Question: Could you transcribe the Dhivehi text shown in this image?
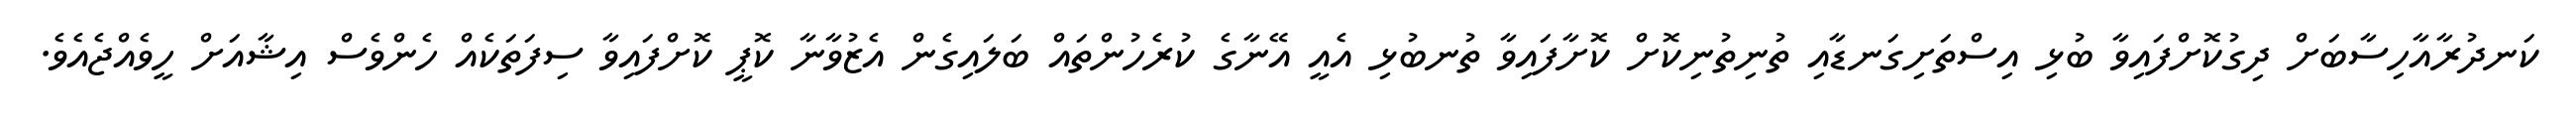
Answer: ކަނދުރާއާހިސާބަށް ދިގުކޮށްފައިވާ ބުޅި އިސްތަށިގަނޑާއި ތުނިތުނިކޮށް ކޮށާފައިވާ ތުނބުޅި އެއީ އޭނާގެ ކުރެހުންތައް ބަލައިގެން އެޒުވާނާ ކޮޕީ ކޮށްފައިވާ ސިފަތަކެއް ހެންވެސް އިޝާއަށް ހީވެއްޖެއެވެ.